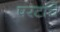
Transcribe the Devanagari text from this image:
परटाचे